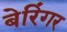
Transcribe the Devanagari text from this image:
बेरिंगर